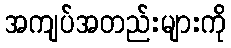
အကျပ်အတည်းများကို